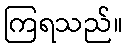
ကြရသည်။